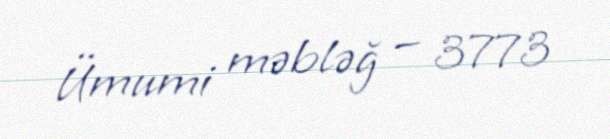
Ümumi məbləğ — 3773